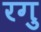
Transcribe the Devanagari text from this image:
रगु